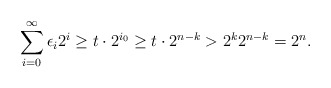
\begin{align*}\sum_{i=0}^{\infty}\epsilon_i2^i\geq t\cdot2^{i_0}\geq t\cdot2^{n-k}>2^k2^{n-k}=2^n.\end{align*}